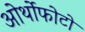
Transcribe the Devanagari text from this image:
ओर्थोफोटो